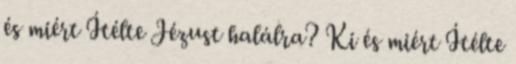
és miért Ítélte Jézust halálra? Ki és miért Ítélte